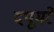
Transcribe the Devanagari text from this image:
दपूमरे